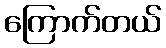
ကြောက်တယ်